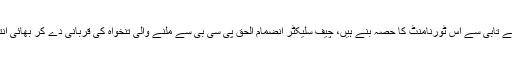
دوسری جانب 90کی دہائی میں کرکٹ کے میدانوں میں ایکشن میں نظر آنے والے کئی کرکٹرز بڑی بے تابی سے اس ٹورنامنٹ کا حصہ بنے ہیں، چیف سلیکٹر انضمام الحق پی سی بی سے ملنے والی تنخواہ کی قربانی دے کر بھائی انتظار الحق کے ساتھ پنجابی لیجنڈز فرنچائز کے شریک خریدار بنے،اس ٹیم کے کپتان مصباح الحق ہیں۔